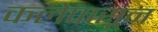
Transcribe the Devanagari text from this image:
कलेपासून